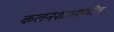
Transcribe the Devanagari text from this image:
कलनशास्त्रावरील